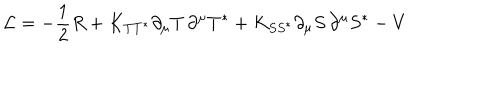
{ \cal { L } } = - \frac { 1 } { 2 } R + K _ { T T ^ { * } } \partial _ { \mu } T \, \partial ^ { \mu } T ^ { * } + K _ { S S ^ { * } } \partial _ { \mu } S \, \partial ^ { \mu } S ^ { * } - V